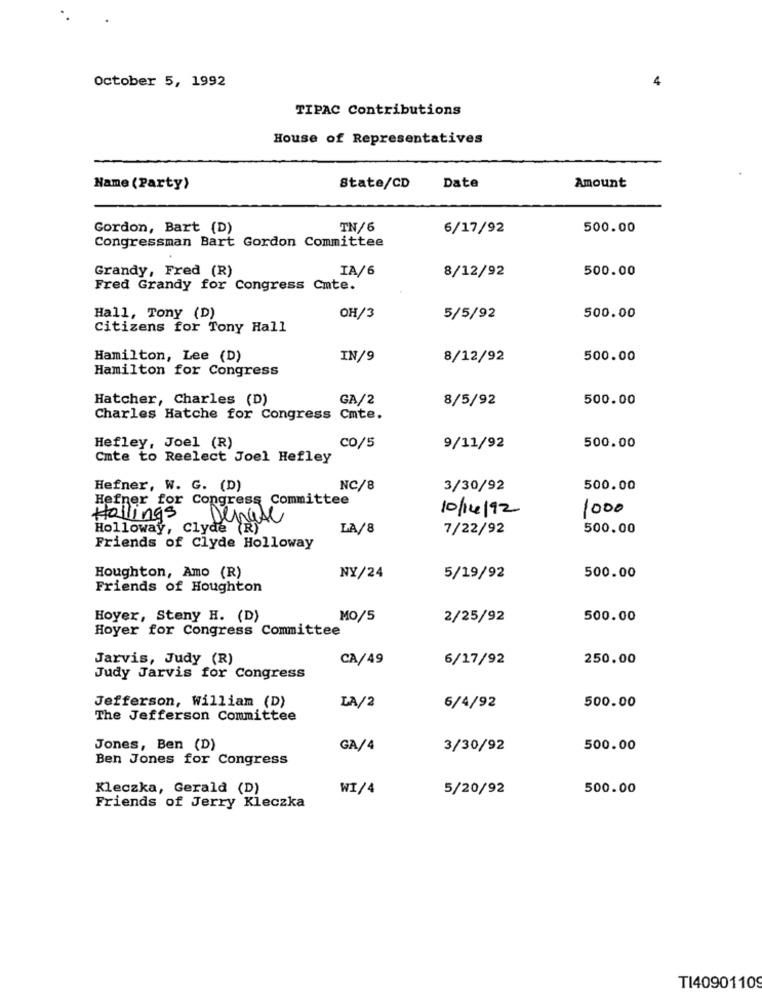
October 5, 1992
4
TIPAC Contributions
House of Representatives
Name (Party)
State/CD
Date
Amount
Gordon, Bart (D)
TN/6
6/17/92
500.00
Congressman Bart Gordon Committee
Grandy, Fred (R)
IA/6
500.00
8/12/92
Fred Grandy for Congress Cmte.
Hall, Tony (D)
OH/3
5/5/92
500.00
Citizens for Tony Hall
Hamilton, Lee (D)
IN/9
8/12/92
500.00
Hamilton for Congress
Hatcher, Charles (D)
GA/2
8/5/92
500.00
Charles Hatche for Congress Cmte.
Hefley, Joel (R)
CO/5
9/11/92
500.00
Cmte to Reelect Joel Hefley
Hefner, W. G. (D)
NC/8
3/30/92
500.00
Hefner for Congress Committee
10/14/92
1000
Hollings
Denise
Holloway, Clyde (R)
LA/8
7/22/92
500.00
Friends of Clyde Holloway
Houghton, Amo (R)
NY/24
5/19/92
500.00
Friends of Houghton
Hoyer, Steny H. (D)
MO/5
2/25/92
500.00
Hoyer for Congress Committee
Jarvis, Judy (R)
CA/49
6/17/92
250.00
Judy Jarvis for Congress
Jefferson, William (D)
LA/2
6/4/92
500.00
The Jefferson Committee
Jones, Ben (D)
GA/4
3/30/92
500.00
Ben Jones for Congress
Kleczka, Gerald (D)
WI/4
5/20/92
500.00
Friends of Jerry Kleczka
TI40901109